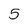
Character: 5